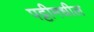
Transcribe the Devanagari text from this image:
पट्टीमधील